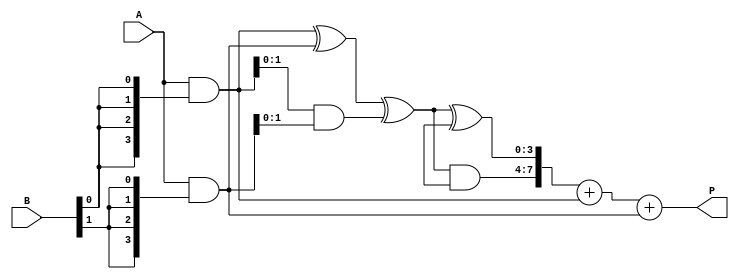
module wallace_tree_multiplier #(parameter N = 4) (
    input  [N-1:0] A,  // First multiplicand
    input  [N-1:0] B,  // Second multiplicand
    output [2*N-1:0] P // Product output
);

// Partial product generation
wire [N-1:0] pp[N-1:0]; // Partial products array

genvar i, j;
generate
    for (i = 0; i < N; i = i + 1) begin : pp_gen
        assign pp[i] = A & {N{B[i]}}; // AND each bit of A with corresponding bit of B
    end
endgenerate

// Wallace tree structure
wire [N-1:0] sum [N-1:0];   // Sums at each level
wire [N-1:0] carry [N-1:0]; // Carries at each level

// Level 1: Combine partial products
wire [N-1:0] level1_sum[N/2:0];
wire [N/2-1:0] level1_carry[N/2:0];

generate
    for (i = 0; i < N; i = i + 1) begin : level1
        if (i % 2 == 0 && i < N - 1) begin
            // Use half adder for pairs of partial products
            assign level1_sum[i/2] = pp[i] ^ pp[i+1];
            assign level1_carry[i/2] = pp[i] & pp[i+1];
        end
    end
endgenerate

// Level 2: Combine sums and carries
generate
    for (i = 0; i < (N/2); i = i + 1) begin : level2
        if (i < N/4) begin
            // Use full adders for the next level
            assign sum[i] = level1_sum[i] ^ level1_carry[i];
            assign carry[i] = level1_sum[i] & level1_carry[i];
        end
    end
endgenerate

// Final addition
wire [N-1:0] final_sum;
wire [N-1:0] final_carry;

assign final_sum = sum[0] ^ sum[1];
assign final_carry = sum[0] & sum[1];

// Final product calculation
assign P = {final_carry, final_sum} + pp[0] + pp[1];

endmodule